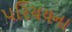
પરિચયના